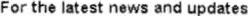
FOR THE LATEST NEWS AND UPDATES